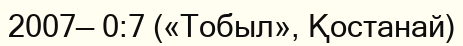
2007— 0:7 («Тобыл», Қостанай)